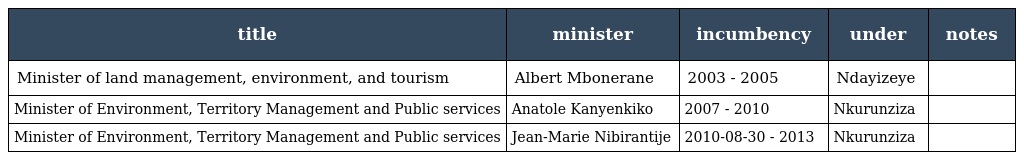
| title | minister | incumbency | under | notes |
 | --- | --- | --- | --- | --- |
 | Minister of land management, environment, and tourism | Albert Mbonerane | 2003 - 2005 | Ndayizeye |  |
 | Minister of Environment, Territory Management and Public services | Anatole Kanyenkiko | 2007 - 2010 | Nkurunziza |  |
 | Minister of Environment, Territory Management and Public services | Jean-Marie Nibirantije | 2010-08-30 - 2013 | Nkurunziza |  |